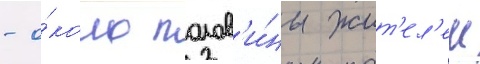
- о́коло полов'и́ны жит'ел'еи